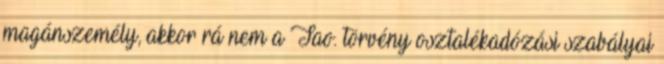
magánszemély, akkor rá nem a Tao. törvény osztalékadózási szabályai